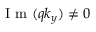
\mathrm { ~ I ~ m ~ } ( q k _ { y } ) \neq 0